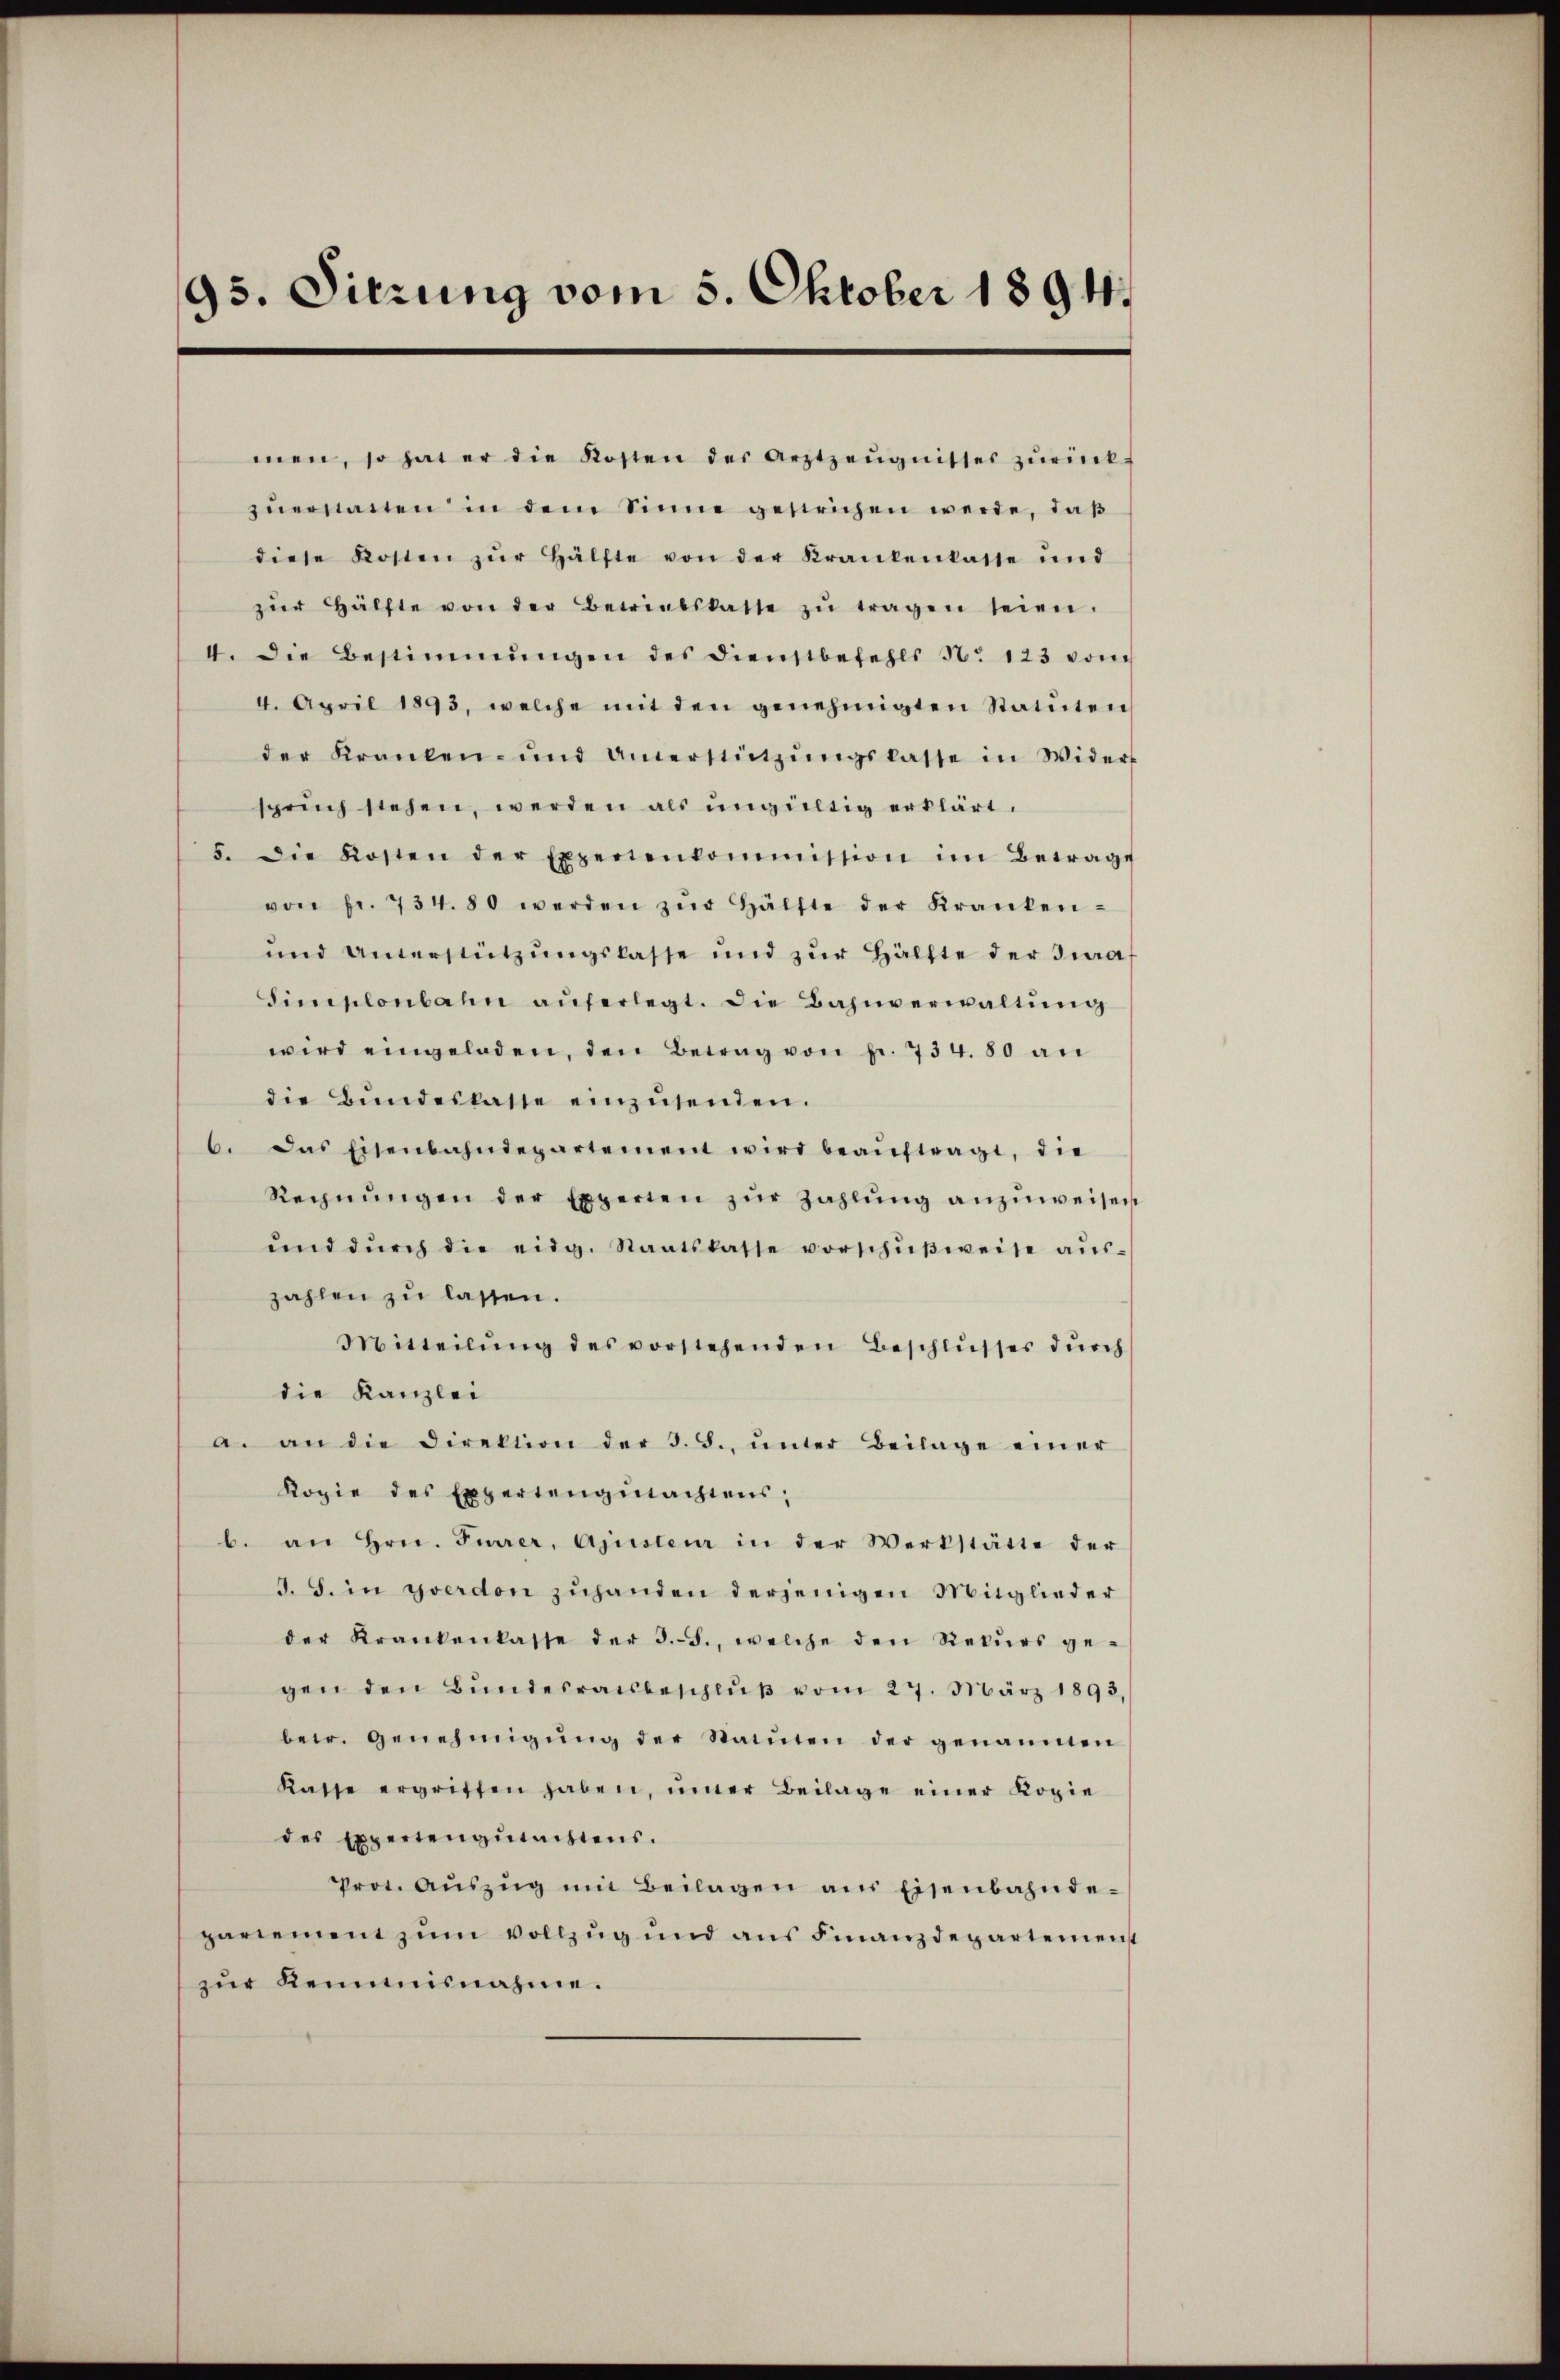
95. Sitzung vom 5. Oktober 1894.

men, so hat er die Kosten der Arztzeŭgnisses zŭrück
zuersanten in dem Sinne gestrichen werde, daß
diese Kosten zŭr Hälfte von der Krankenkasse und
zŭr Hälfte von der Betriebskatte zŭ tragen seien.
4. Die Bestimmungen des Dienstbefehls No 123 vom
4. April 1893, welche mit den genehmigten Statuten
der Kranken- und anerstützŭngskasse in Widers
sprŭch stehen, werden als ungültig erklärt.
5. die Kosten der Expertenkommission im Betrage
von fr. 734.80 werden zŭr Hälfte der Kranken-
und Unterstützŭngslasse und zŭr Hälfte der Jura
Simplonbahn auferlegt. Die Bahnverwaltung
wird eingeladen, den Betrag von fr. 734. 80 an
die Bŭndeslasse einzŭsenden.
6. Das Eisenbahndepartement wird beaŭftragt, die
Rechnŭngen der Experten zŭr Zahlŭng anzŭweisen
ŭnd dŭrch die eidg. Staatskasse vorschŭβweise aŭs-
zahlen zu lassen.
Mitteilŭng des vorstehenden Beschlŭsses dŭrch
die Kanzlei
a. an die Direktion der 3. d. ŭnter Beilage einer
Kopie des Expertengŭtachtens,
b. an Hrn. Furrer, Ajusteur in der Werkstätte der
S. S. in Yverdon zuhanden derjenigen Mitglieder
der Krankenkasse der 3.8., welche den Rekŭrs ge-
gen den Bŭndesratsbeschlŭβ vom 27. März 1893,
betr. Genehmigŭng der Statten der genannten
Kasse ergriffen haben, imer Beilage einer Kopie
des Expertengutachtens.
Prot. Aŭszŭg mit Beilagen ans Eisenbahnde-
pariement zum vollzug und aus Finanzdepartemenst
zŭr Keimisnahme.